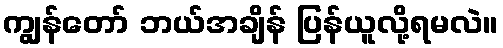
ကျွန်တော် ဘယ်အချိန် ပြန်ယူလို့ရမလဲ။